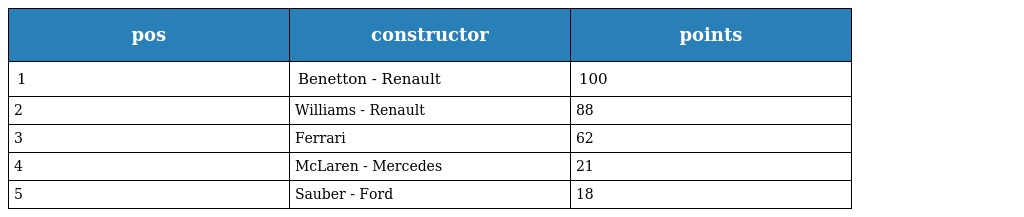
| pos | constructor | points |
 | --- | --- | --- |
 | 1 | Benetton - Renault | 100 |
 | 2 | Williams - Renault | 88 |
 | 3 | Ferrari | 62 |
 | 4 | McLaren - Mercedes | 21 |
 | 5 | Sauber - Ford | 18 |